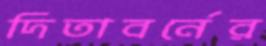
দিতাবর্নের